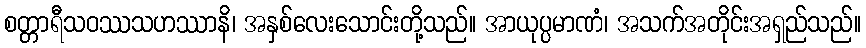
စတ္တာရီသဝဿသဟဿာနိ၊ အနှစ်လေးသောင်းတို့သည်။ အာယုပ္ပမာဏံ၊ အသက်အတိုင်းအရှည်သည်။